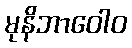
မုနိဘာဝေါဝ